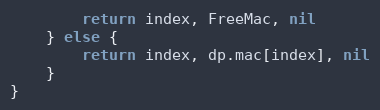
Language: Go
		return index, FreeMac, nil
	} else {
		return index, dp.mac[index], nil
	}
}